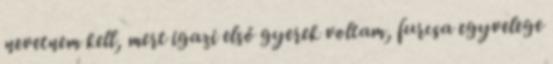
nevetnem kell, mert igazi első gyerek voltam, furcsa egyvelege